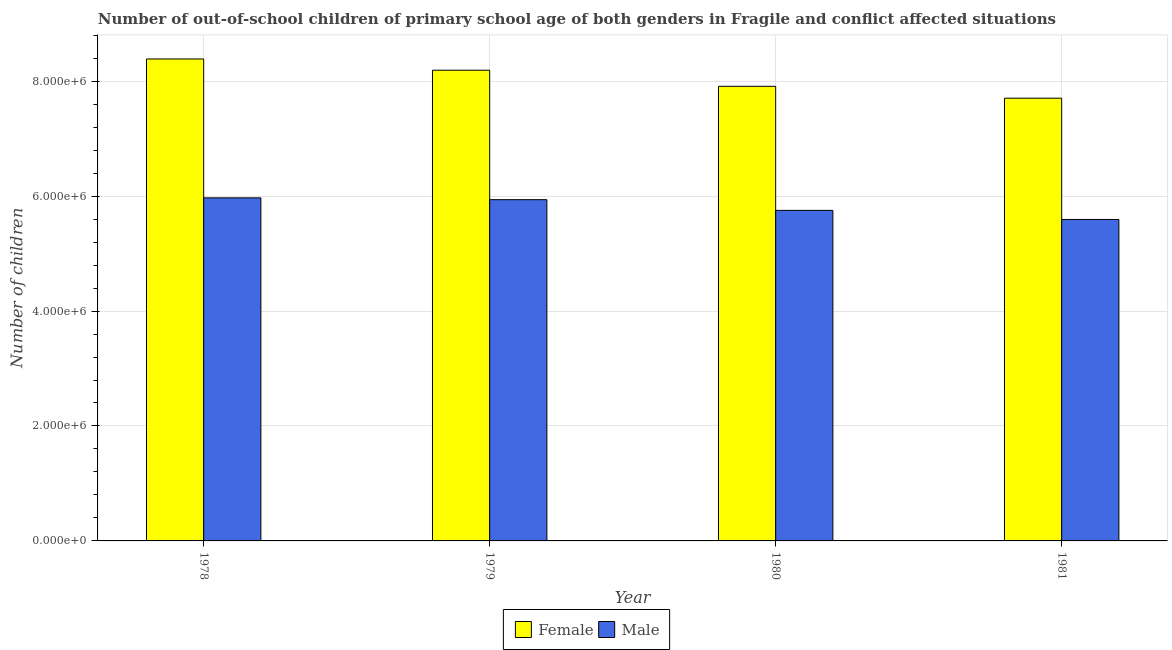
| Year | Female | Male |
 | --- | --- | --- |
 | 1978 | 8.39e+06 | 5.97e+06 |
 | 1979 | 8.19e+06 | 5.94e+06 |
 | 1980 | 7.91e+06 | 5.75e+06 |
 | 1981 | 7.7e+06 | 5.59e+06 |